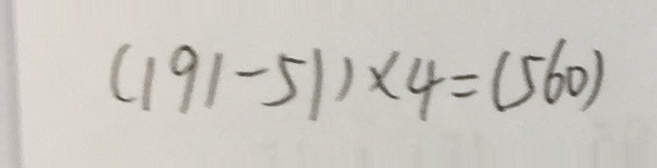
( 1 9 1 - 5 1 ) \times 4 = ( 5 6 0 )